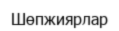
Шөпжиярлар